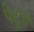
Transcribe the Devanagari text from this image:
पेट्राल